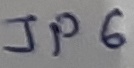
Text: JP6